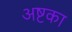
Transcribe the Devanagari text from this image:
अष्टका